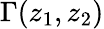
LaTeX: \Gamma(z_{1},z_{2})